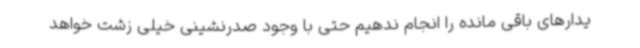
یدارهای باقی مانده را انجام ندهیم حتی با وجود صدرنشینی خیلی زشت خواهد